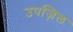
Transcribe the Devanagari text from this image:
उपज़िल